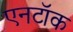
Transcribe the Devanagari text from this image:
एनटॉक